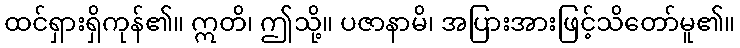
ထင်ရှားရှိကုန်၏။ ဣတိ၊ ဤသို့။ ပဇာနာမိ၊ အပြားအားဖြင့်သိတော်မူ၏။